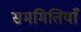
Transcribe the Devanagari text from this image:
सममितियाँ